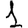
Digit: 1